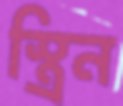
স্ত্রিন